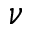
\nu